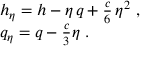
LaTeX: \begin{array} { l } { { h _ { \eta } = h - \eta \, q + { \frac { c } { 6 } } \, \eta ^ { 2 } ~ , } } \\ { { q _ { \eta } = q - { \frac { c } { 3 } } \eta ~ . } } \end{array}